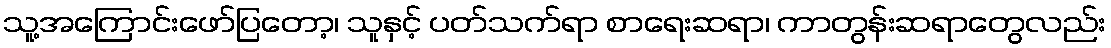
သူ့အကြောင်းဖော်ပြတော့၊ သူနှင့် ပတ်သက်ရာ စာရေးဆရာ၊ ကာတွန်းဆရာတွေလည်း